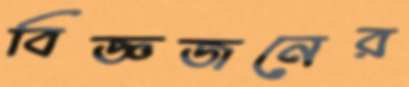
বিজ্ঞজনের